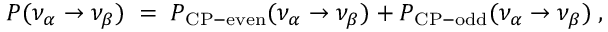
P ( \nu _ { \alpha } \rightarrow \nu _ { \beta } ) \; = \; P _ { \mathrm { C P - e v e n } } ( \nu _ { \alpha } \rightarrow \nu _ { \beta } ) + P _ { \mathrm { C P - o d d } } ( \nu _ { \alpha } \rightarrow \nu _ { \beta } ) \; ,